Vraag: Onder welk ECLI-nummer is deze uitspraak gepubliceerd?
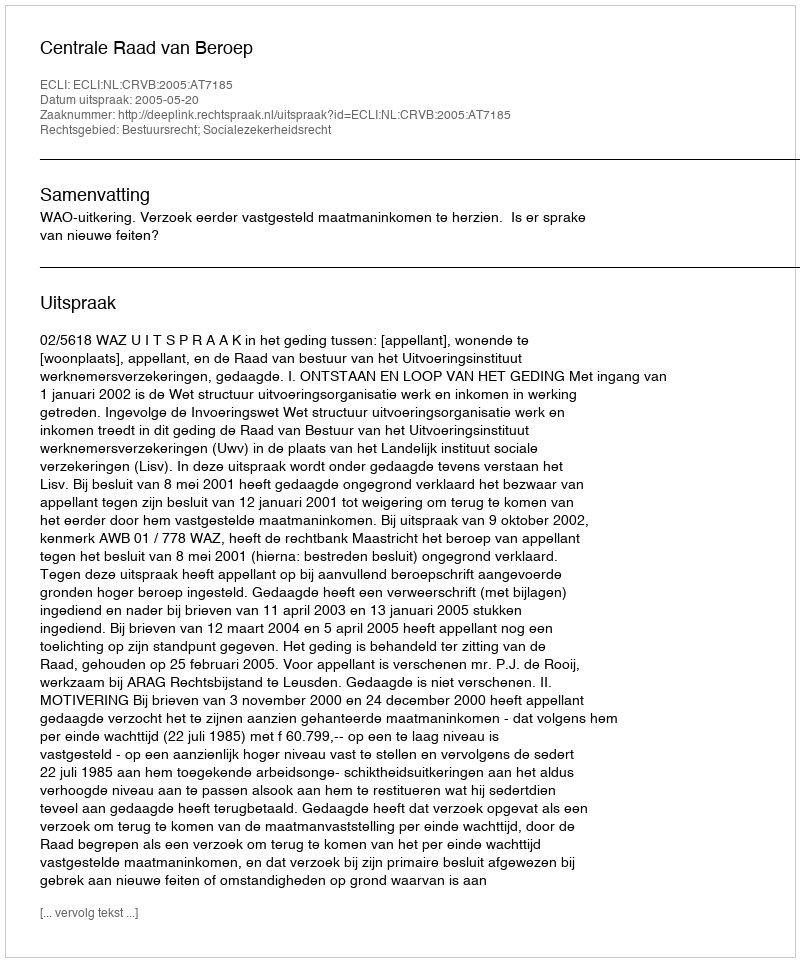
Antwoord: ECLI:NL:CRVB:2005:AT7185